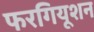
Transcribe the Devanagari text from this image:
फरगियूशन